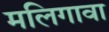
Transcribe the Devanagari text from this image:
मलिगावा